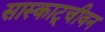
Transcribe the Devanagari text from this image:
सास्काट्चीवन